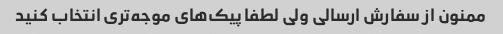
ممنون از سفارش ارسالی ولی لطفا پیک‌های موجه‌تری انتخاب کنید